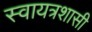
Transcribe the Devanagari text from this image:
स्वायत्रशासी